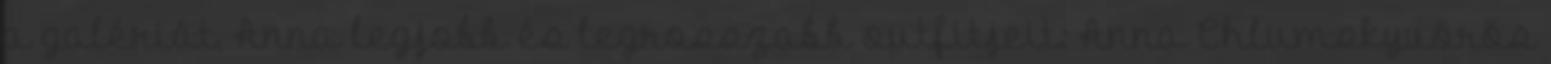
a galériát, Anna legjobb és legrosszabb outfitjeit: Anna Chlumskyvörös